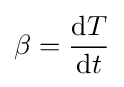
\beta ={\frac {\mathrm {d} T}{\mathrm {d} t}}